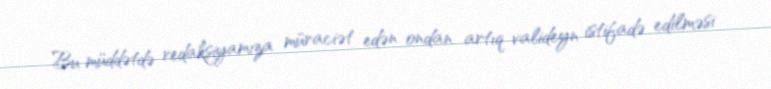
Bu müddətdə redaksiyamıza müraciət edən ondan artıq valideyn istifadə edilməsi